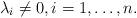
LaTeX: \begin{align*}\lambda_i \neq 0, i = 1, \dots, n.\end{align*}